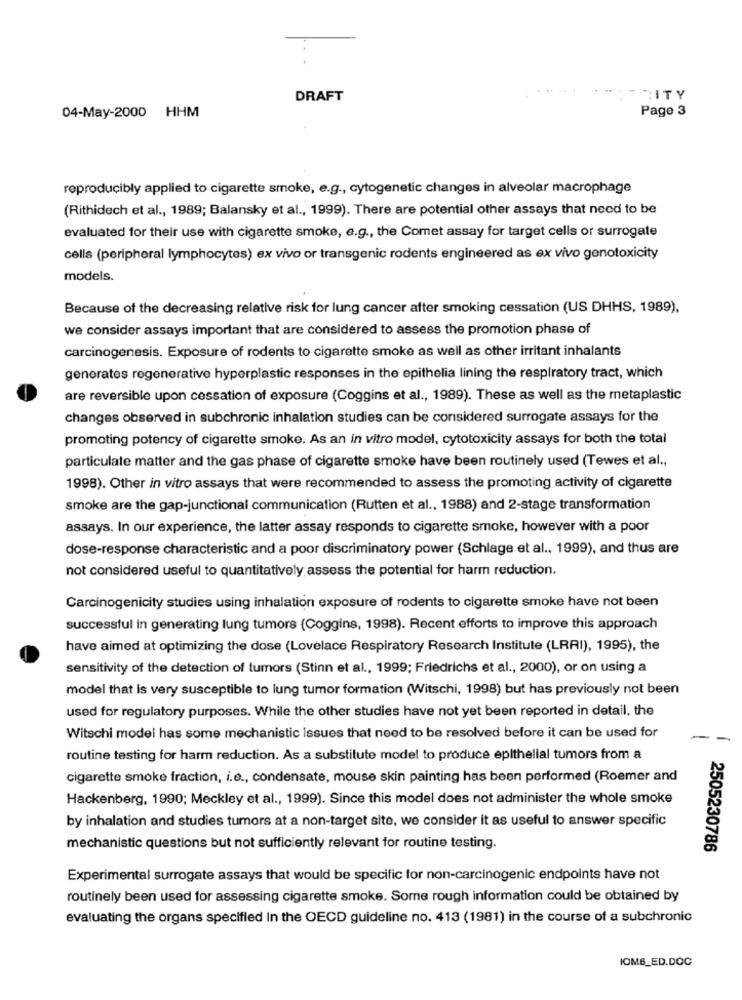
DRAFT
"ITY
04-May-2000 HHM
Page 3
reproducibly applied to cigarette smoke, e.g ., cytogenetic changes in alveolar macrophage
(Rithidech et al ., 1989; Balansky et al ., 1999). There are potential other assays that need to be
evaluated for their use with cigarette smoke, e.g ., the Comet assay for target cells or surrogate
cells (peripheral lymphocytes) ex vivo or transgenic rodents engineered as ex vivo genotoxicity
models.
Because of the decreasing relative risk for lung cancer after smoking cessation (US DHHS, 1989),
we consider assays important that are considered to assess the promotion phase of
carcinogenesis. Exposure of rodents to cigarette smoke as well as other irritant inhalants
generates regenerative hyperplastic responses in the epithelia lining the respiratory tract, which
are reversible upon cessation of exposure (Coggins et al ., 1989). These as well as the metaplastic
changes observed in subchronic inhalation studies can be considered surrogate assays for the
promoting potency of cigarette smoke. As an in vitro model, cytotoxicity assays for both the total
particulate matter and the gas phase of cigarette smoke have been routinely used (Tewes et al .,
1998). Other in vitro assays that were recommended to assess the promoting activity of cigarette
smoke are the gap-junctional communication (Rutten et al ., 1988) and 2-stage transformation
assays. In our experience, the latter assay responds to cigarette smoke, however with a poor
dose-response characteristic and a poor discriminatory power (Schlage et al ., 1999), and thus are
not considered useful to quantitatively assess the potential for harm reduction.
Carcinogenicity studies using inhalation exposure of rodents to cigarette smoke have not been
successful in generating lung tumors (Coggins, 1998). Recent efforts to improve this approach
have aimed at optimizing the dose (Lovelace Respiratory Research Institute (LRRI), 1995), the
sensitivity of the detection of tumors (Stinn et al ., 1999; Friedrichs et al ., 2000), or on using a
model that is very susceptible to lung tumor formation (Witschi, 1998) but has previously not been
used for regulatory purposes. While the other studies have not yet been reported in detail, the
Witschi model has some mechanistic issues that need to be resolved before it can be used for
routine testing for harm reduction. As a substitute model to produce epithelial tumors from a
cigarette smoke fraction, i.e ., condensate, mouse skin painting has been performed (Roemer and
Hackenberg, 1990; Meckley et al ., 1999). Since this model does not administer the whole smoke
by inhalation and studies tumors at a non-target site, we consider it as useful to answer specific
mechanistic questions but not sufficiently relevant for routine testing.
2505230786
Experimental surrogate assays that would be specific for non-carcinogenic endpoints have not
routinely been used for assessing cigarette smoke. Some rough information could be obtained by
evaluating the organs specified In the OECD guideline no. 413 (1981) in the course of a subchronic
IOMB_ED.DOC